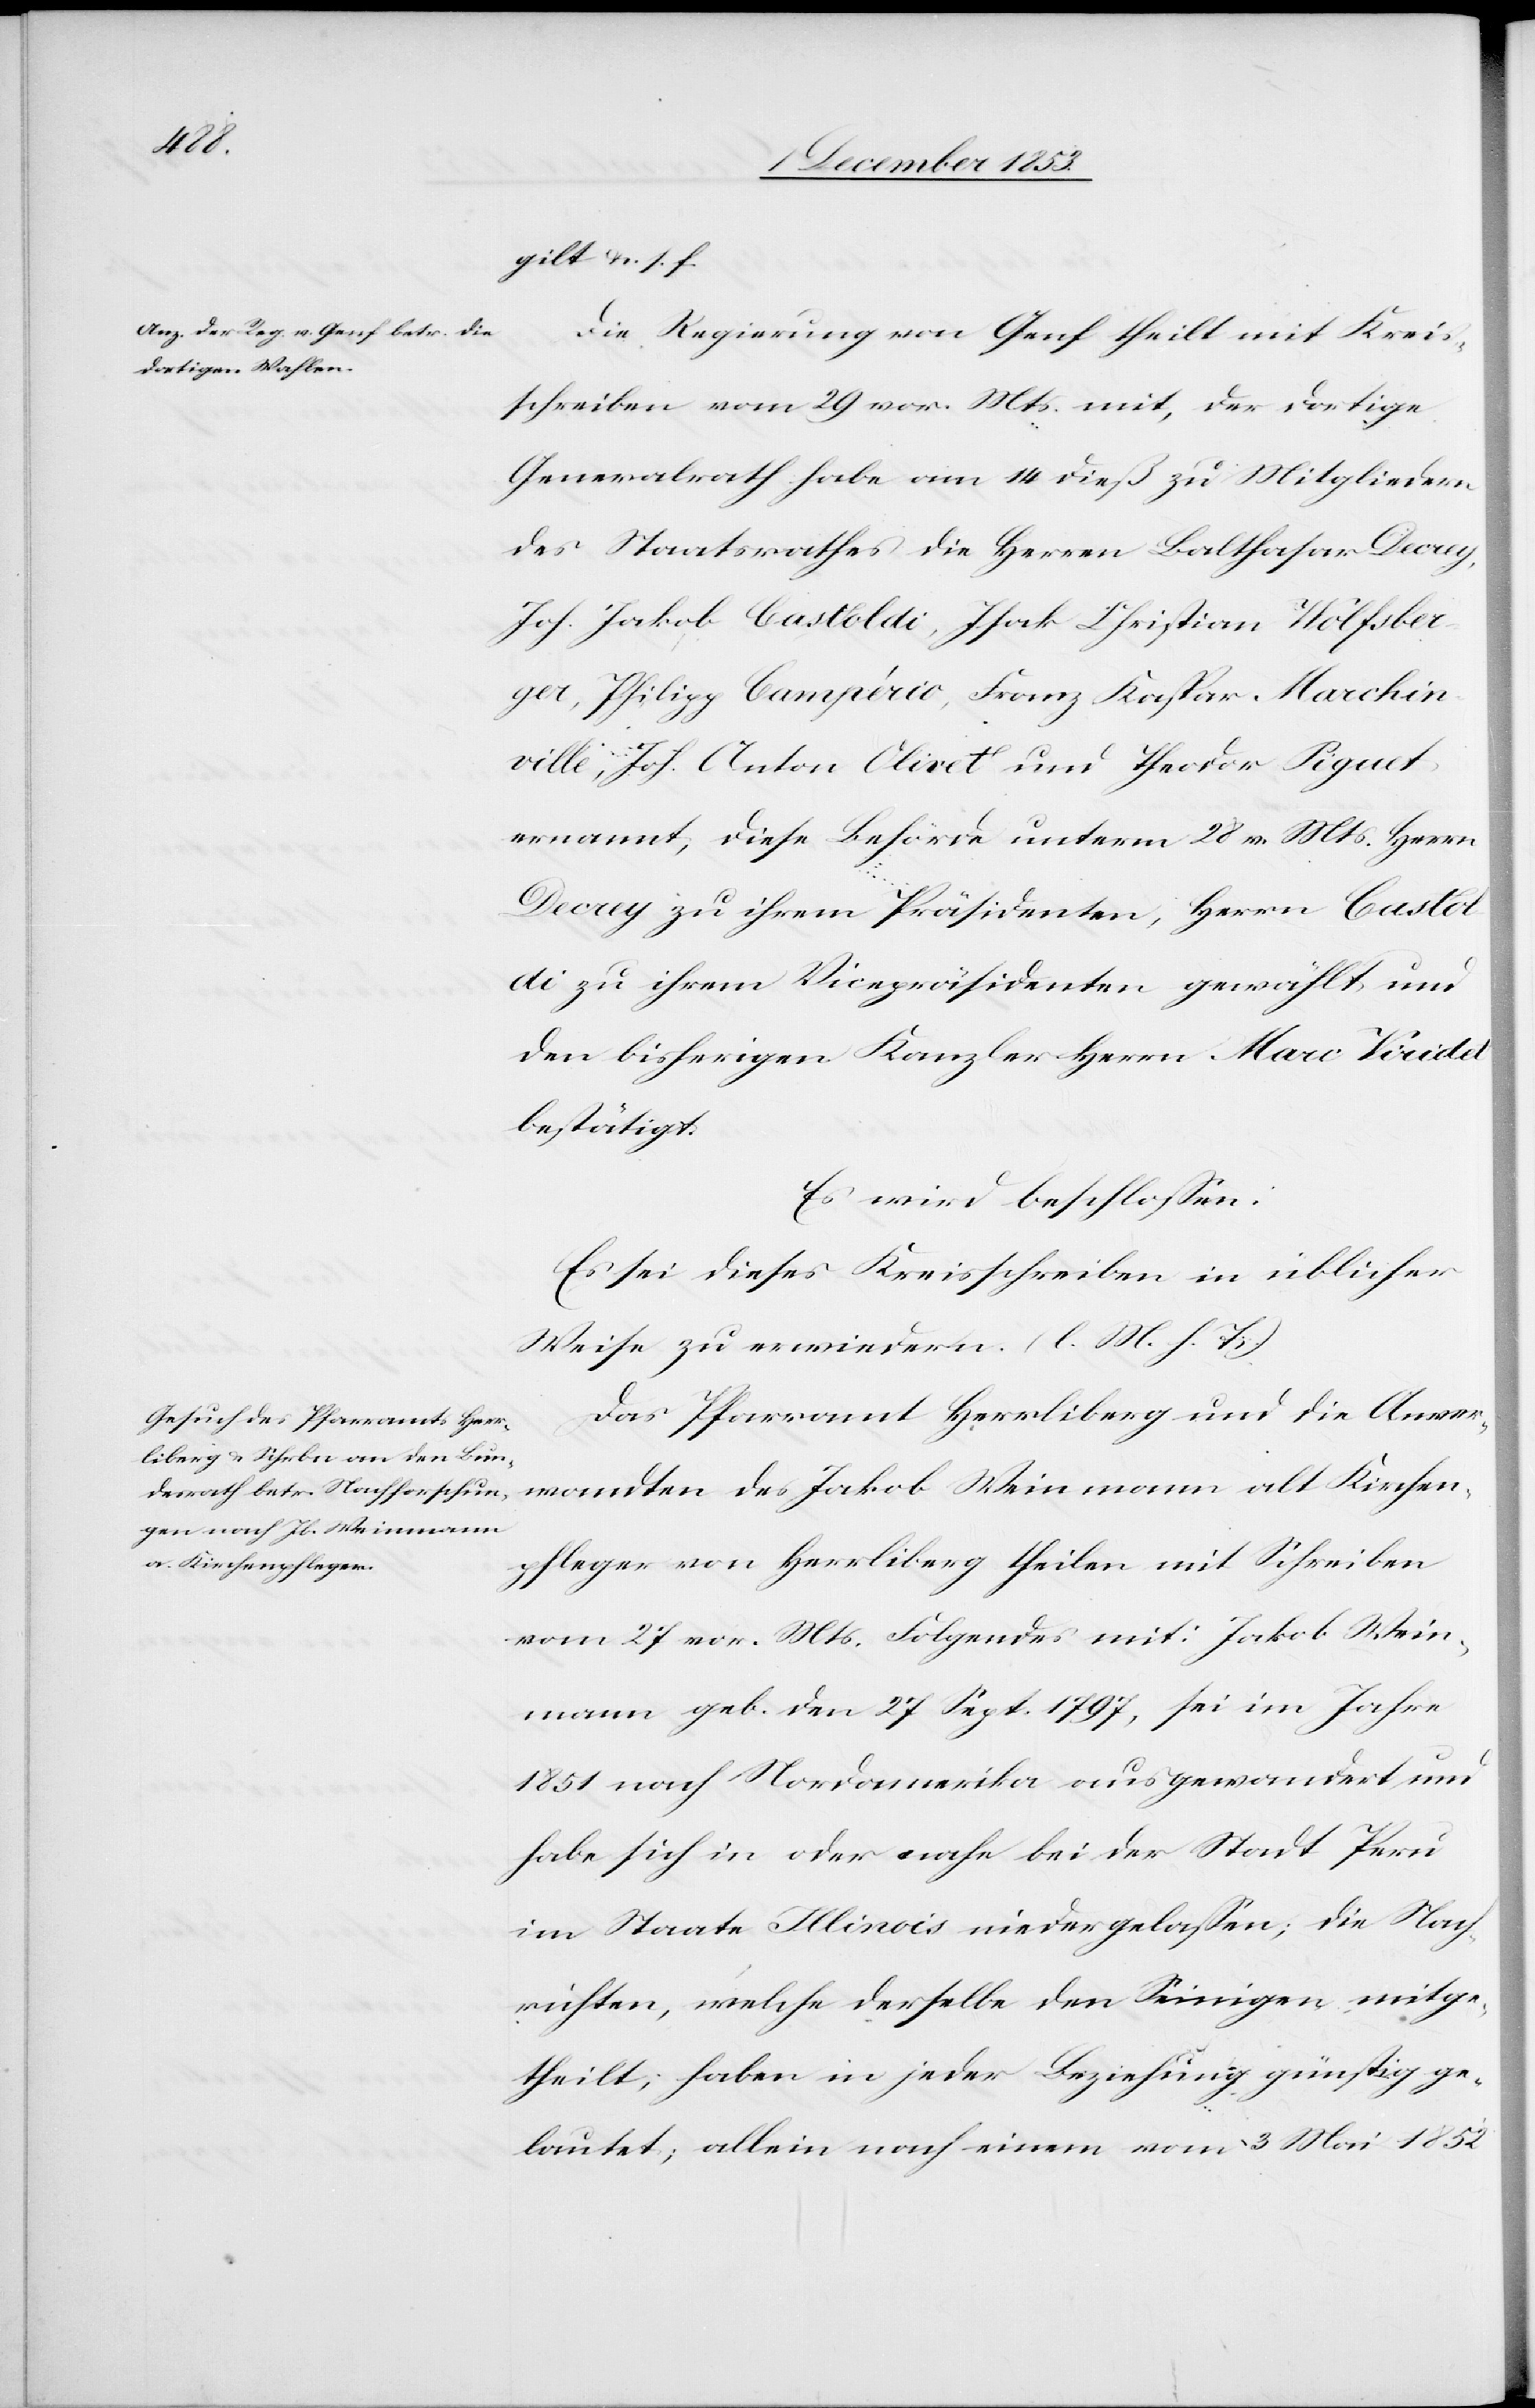
gilt u. s.
Die Regierung von Genf theilt mit Kreis¬
schreiben vom 29 v. Mts. mit, der dortige
Generalrath habe am 14 dieß zu Mitgliedern
des Staatsrathes die Herren Balthasar Decrey,
Jos. Jakob Castolidi, Isak Christian Wolfsber¬
ger, Philipp Camp’erio, Franz Kaspar Marchin¬
ville, Jos. Anton Olivert und Theodor Piquet
ernannt, diese Behörde unterm 28 v. Mts. Herrn
Decrey zu ihrem Präsidenten, Herrn Casto¬
ldi zu ihrem Vicepräsidenten gewählt, und
den bisherigen Kanzler Herrn Marc Vicidet
bestätigt.
Es wird beschloßen:
Es sei dieses Kreisschreiben in üblicher
Weise zu erwiedern. [l. M. h. T]
Das Pfarramt Herrliberg und die Anver¬
wandten des Jakob Weinmann alt Kirchen¬
pfleger von Herrliberg theilen mit Schreiben
vom 27 vor. Mts. Folgendes mit: Jakob Wein¬
mann geb. den 27 Sept. 1797, sei im Jahre
1851 nach Nordamerika ausgewandert und
habe sich in oder nahe bei der Stadt Peru
im Staat Illinois niedergelaßen; die Nach¬
richten, welche derselbe den Seinigen mitge¬
theilt, haben in jeder Beziehung günstig ge¬
lautet; allein nach einem vom 3 Mai 1852